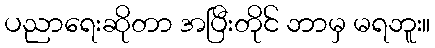
ပညာရေးဆိုတာ အပြီးတိုင် ဘာမှ မရဘူး။